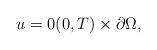
LaTeX: \begin{align*} u = 0 (0 , T) \times \partial \Omega,\end{align*}